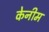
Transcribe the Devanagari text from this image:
केनीम